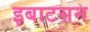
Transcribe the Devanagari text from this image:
इबाटसन